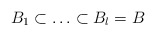
\begin{align*}B_1 \subset \ldots \subset B_l = B\end{align*}